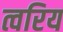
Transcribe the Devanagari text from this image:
त्वरिय